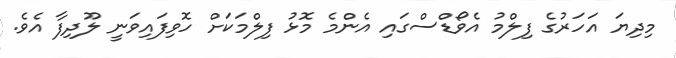
މިދިޔަ އަހަރުގެ ފިލްމު އެވޯޑްސްގައި އެންމެ މޮޅު ފިލްމަކަށް ހޮވިފައިވަނީ ލޫދިފާ އެވެ.